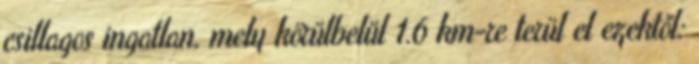
csillagos ingatlan, mely körülbelül 1.6 km-re terül el ezektől: